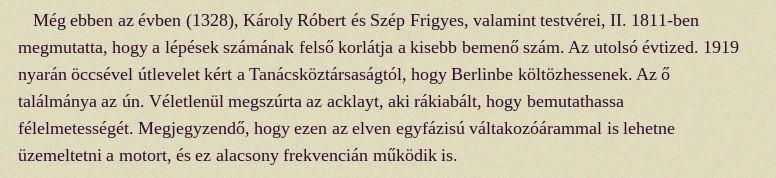
Még ebben az évben (1328), Károly Róbert és Szép Frigyes, valamint testvérei, II. 1811-ben megmutatta, hogy a lépések számának felső korlátja a kisebb bemenő szám. Az utolsó évtized. 1919 nyarán öccsével útlevelet kért a Tanácsköztársaságtól, hogy Berlinbe költözhessenek. Az ő találmánya az ún. Véletlenül megszúrta az acklayt, aki rákiabált, hogy bemutathassa félelmetességét. Megjegyzendő, hogy ezen az elven egyfázisú váltakozóárammal is lehetne üzemeltetni a motort, és ez alacsony frekvencián működik is.